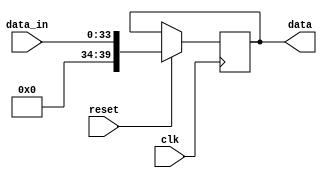
`timescale 1ns / 1ps
//////////////////////////////////////////////////////////////////////////////////
// Company: 
// Engineer: 
// 
// Design Name: 
// Module Name:    clk_initial 
// Project Name: 
// Target Devices: 
// Tool versions: 
// Description: 
//
// Dependencies: 
//
// Revision: 
// Revision 0.01 - File Created
// Additional Comments: 
//
//////////////////////////////////////////////////////////////////////////////////
module clk_initial(clk,reset,data_in,data);

input clk,reset;
input [33:0]data_in;
output reg [39:0]data ;

always @(posedge clk)
begin
if (reset)
begin
data<={6'd0,data_in};
end
end
endmodule